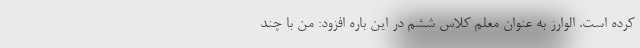
کرده است. الوارز به عنوان معلم کلاس ششم در این باره افزود: من با چند